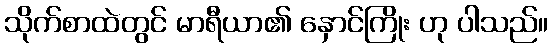
သိုက်စာထဲတွင် မာရီယာ၏ နှောင်ကြိုး ဟု ပါသည်။